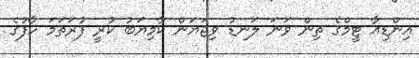
އިންޑިއާ ޓީމްގެ ތިން ވަނަ ލަނޑު ވިޖަޔަން ކާމިޔަބު ކުރީ ފުރަތަމަ ހާފުގެ